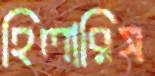
হিলারিস